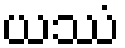
ယဿံ